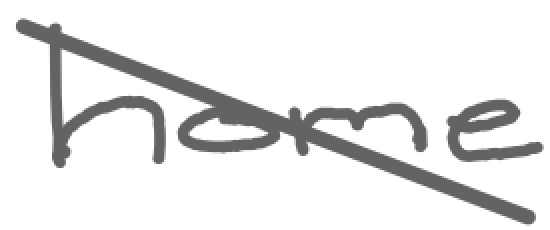
Text: home
Cross-out: diagonal
Writing tool: digital_gray